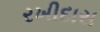
રખીદાસ